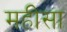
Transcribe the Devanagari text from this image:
महीसा